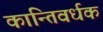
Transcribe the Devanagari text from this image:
कान्तिवर्धक